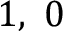
1 , \ 0